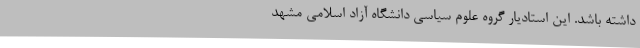
داشته باشد. این استادیار گروه علوم سیاسی دانشگاه آزاد اسلامی مشهد